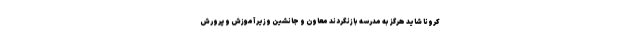
کرونا شاید هرگز به مدرسه بازنگردند معاون و جانشین وزیر آموزش و پرورش